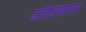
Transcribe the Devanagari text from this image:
ढोंढियाल